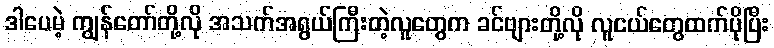
ဒါပေမဲ့ ကျွန်တော်တို့လို အသက်အရွယ်ကြီးတဲ့လူတွေက ခင်ဗျားတို့လို လူငယ်တွေထက်ပိုပြီး